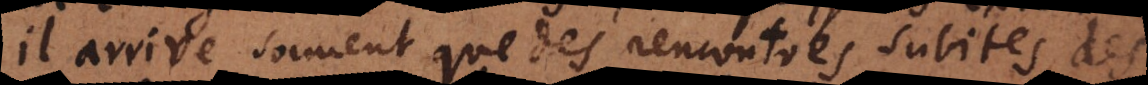
il arrive souvent que des rencontres subites, des